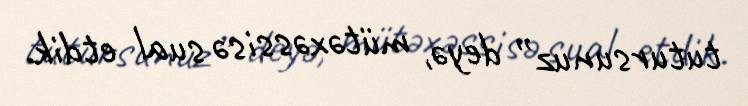
tutursunuz” deyə, mütəxəssisə sual etdik.